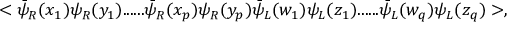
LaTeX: < \bar { \psi } _ { R } ( x _ { 1 } ) \psi _ { R } ( y _ { 1 } ) . . . . . . \bar { \psi } _ { R } ( x _ { p } ) \psi _ { R } ( y _ { p } ) \bar { \psi } _ { L } ( w _ { 1 } ) \psi _ { L } ( z _ { 1 } ) . . . . . . \bar { \psi } _ { L } ( w _ { q } ) \psi _ { L } ( z _ { q } ) > ,